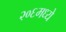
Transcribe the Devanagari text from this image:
२०६मध्ये